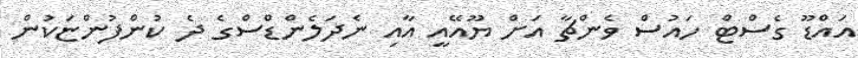
އައްޑޫ ގެސްޓް ހައުސް ވެންޗާ އަށް ޔޫއޭއީ އާއި ނެދަލެންޑްސްގެ ދެ ކުންފުންޏަކުން